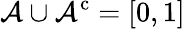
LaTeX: {\mathcal{A}}\cup{\mathcal{A}}^{\mathrm{c}}=[0,1]